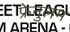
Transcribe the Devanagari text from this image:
फ्रेनुलम